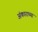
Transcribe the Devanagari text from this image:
अंकाराच्या